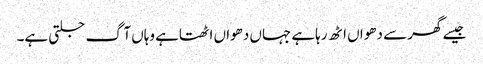
جیسے گھر سے دھواں اٹھ رہاہے جہاں دھواں اٹھتاہے وہاں آگ جلتی ہے۔